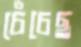
চেঁচেছ